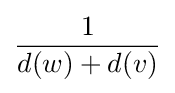
{\frac {1}{d(w)+d(v)}}